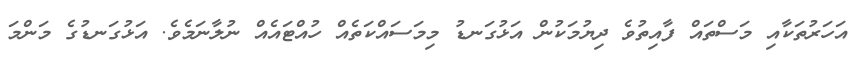
އަހަރުތަކާއި މަސްތައް ފާއިތުވެ ދިޔުމަކުން އަޅުގަނޑު މިމަސައްކަތެއް ހުއްޓައެއް ނުލާނަމެވެ. އަޅުގަނޑުގެ މަންމަ